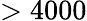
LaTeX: >4000